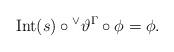
LaTeX: \begin{align*} \mathrm{Int}(s) \circ {^\vee}\vartheta^{\Gamma}\circ \phi = \phi.\end{align*}